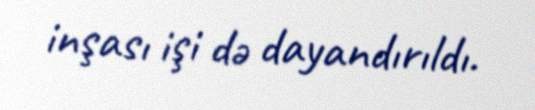
inşası işi də dayandırıldı.